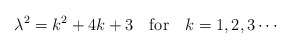
\begin{align*}\lambda^{2}=k^{2}+4k+3 \quad {\rm for}\quad k=1,2,3\cdots\end{align*}